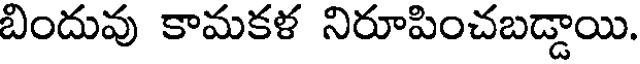
బిందువు కామకళ నిరూపించబడ్డాయి.